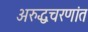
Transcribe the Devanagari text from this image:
अरुद्धचरणांत